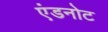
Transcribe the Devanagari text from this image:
एंडनोट